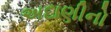
અદાણીનો